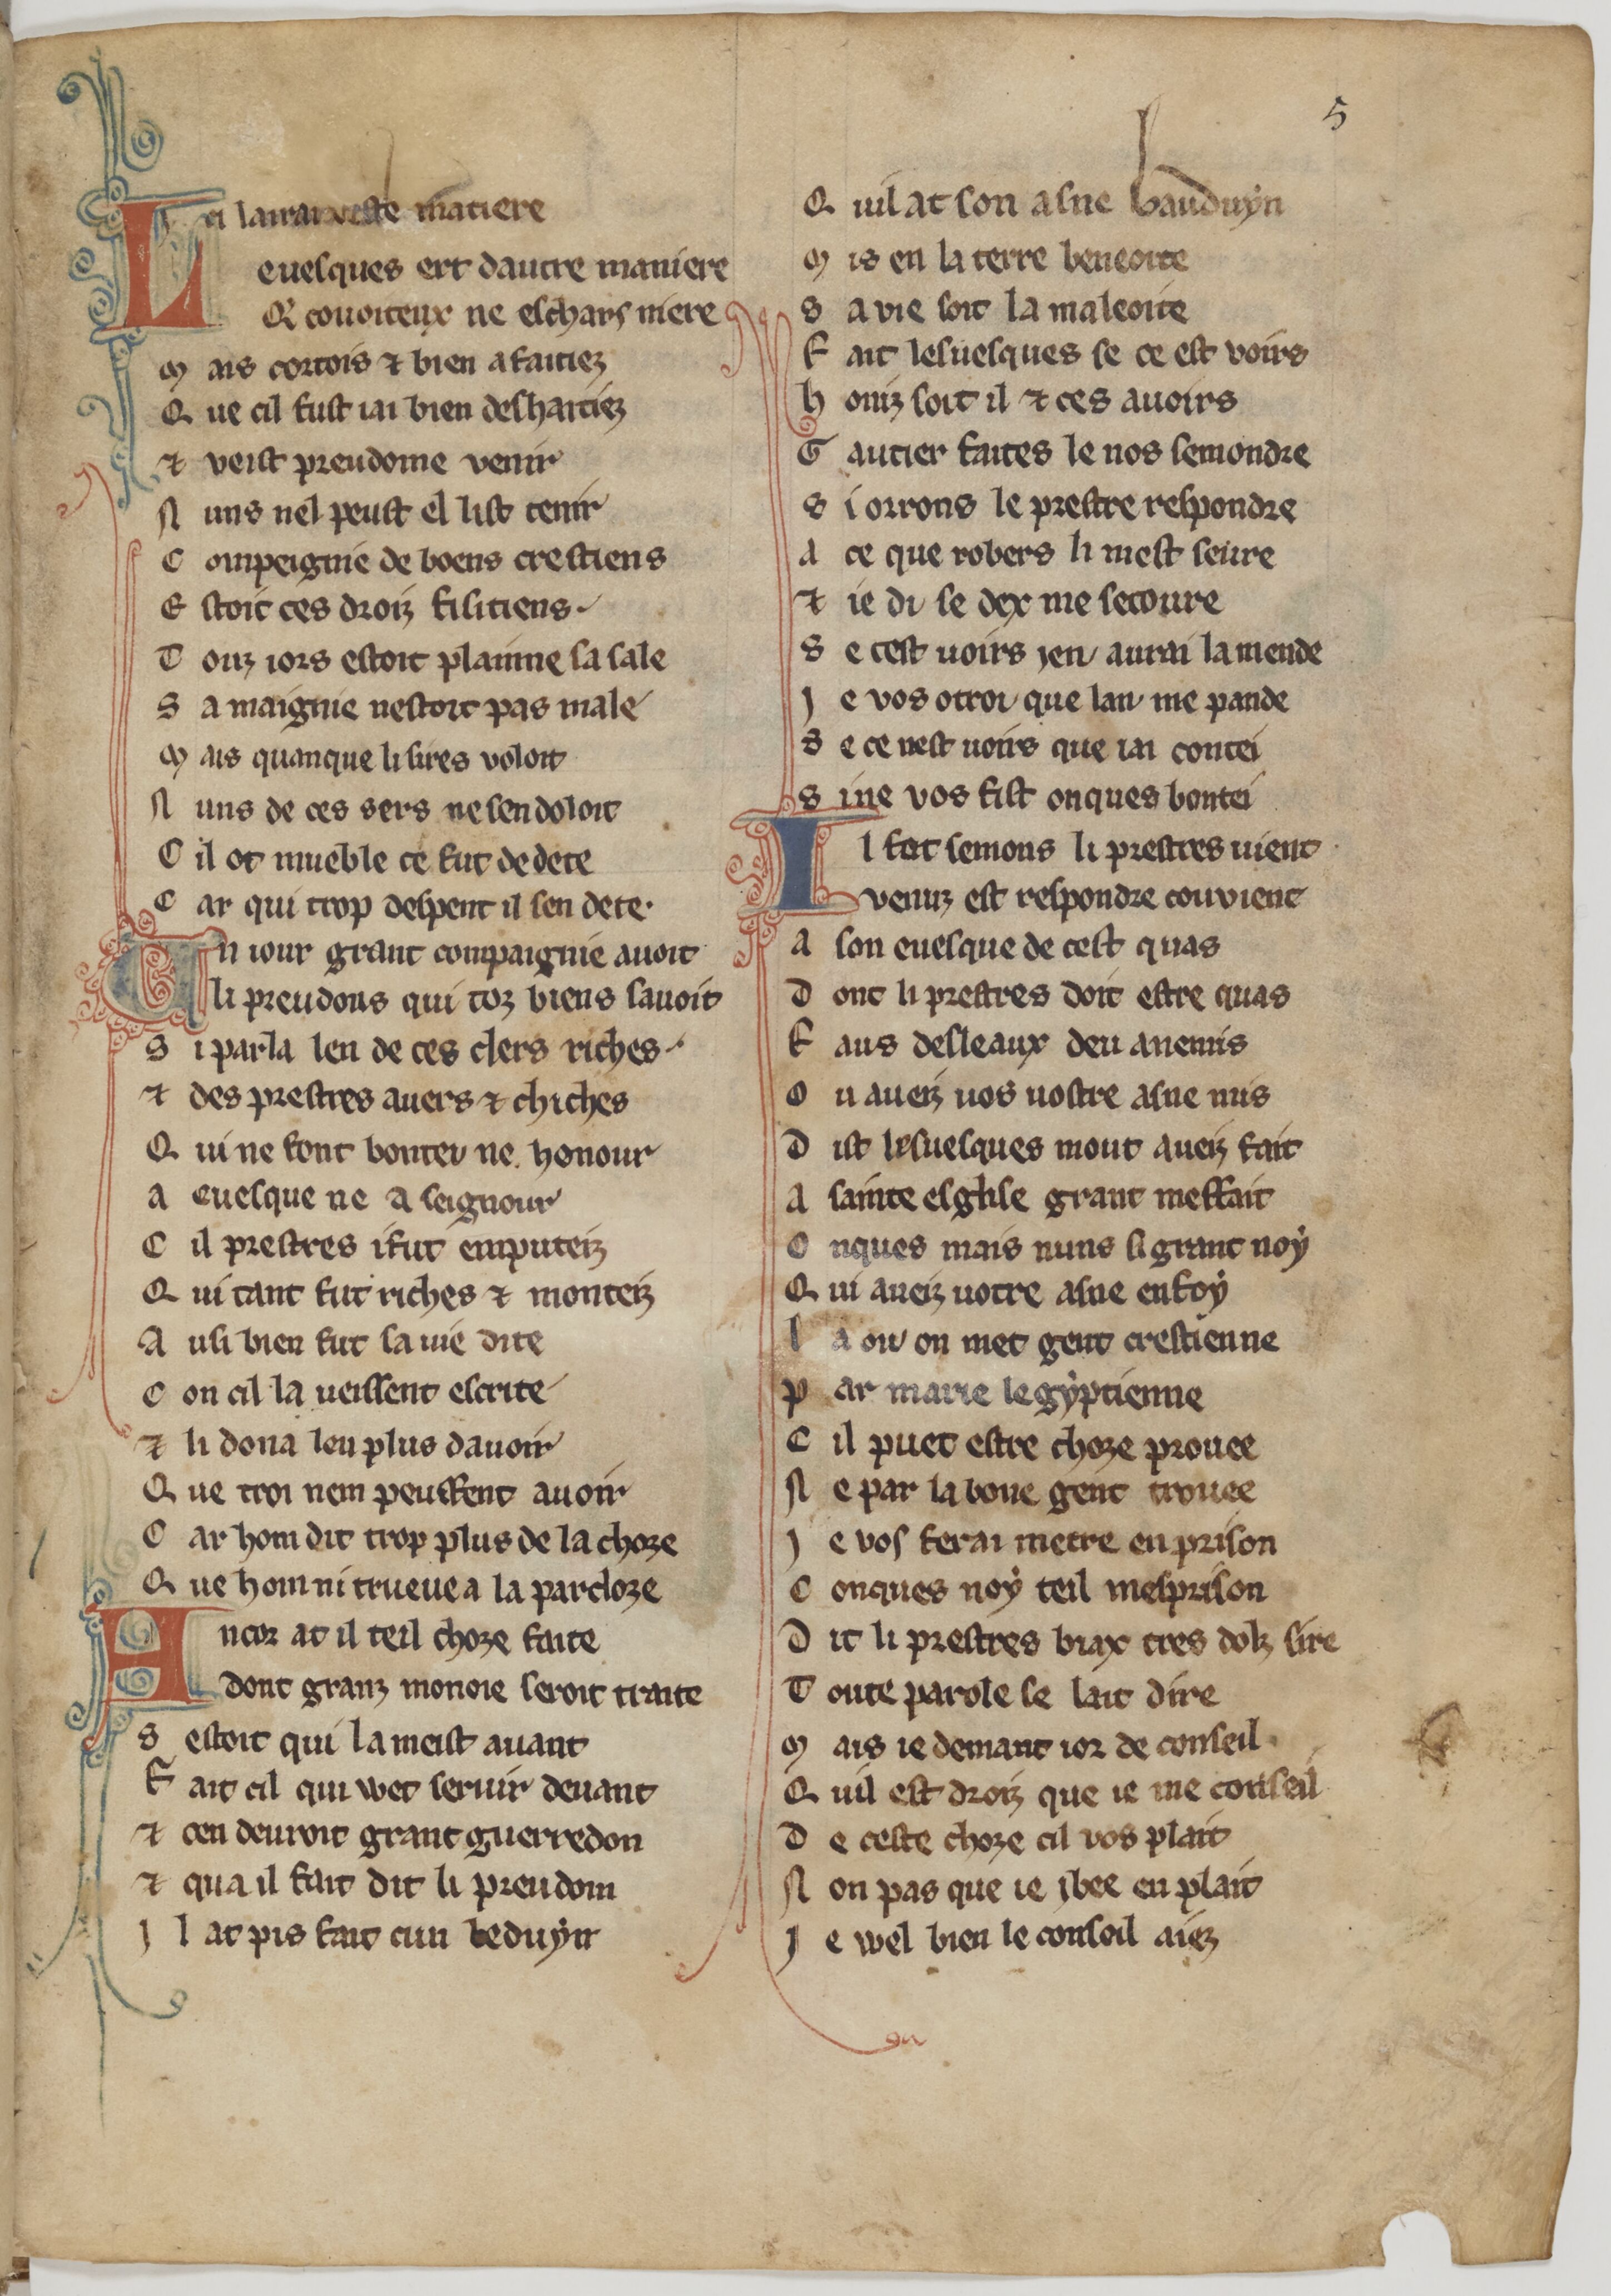
Shelfmark: Paris, BnF, fr. 1635
Century: 13